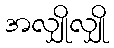
အလျှိုလျှို